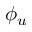
\phi _ { u }